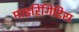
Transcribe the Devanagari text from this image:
माइरिंगिटिस